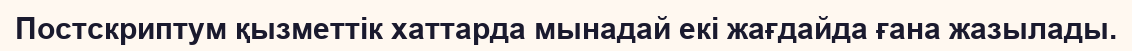
Постскриптум қызметтік хаттарда мынадай екі жағдайда ғана жазылады.